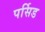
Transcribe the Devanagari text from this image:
पर्सिड